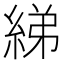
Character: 綈